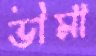
ভীমা